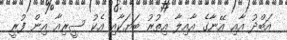
އަބްދު އާއި އޭނާގެ އާއިލާ އިތުރު ބަޔަކާއި އެކު ސީރިއާ އިން ފުރީ